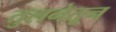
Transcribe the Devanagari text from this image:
तुलनेतून